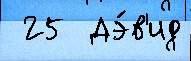
 25  Дэ́в'ид